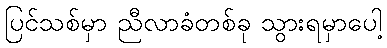
ပြင်သစ်မှာ ညီလာခံတစ်ခု သွားရမှာပေါ့